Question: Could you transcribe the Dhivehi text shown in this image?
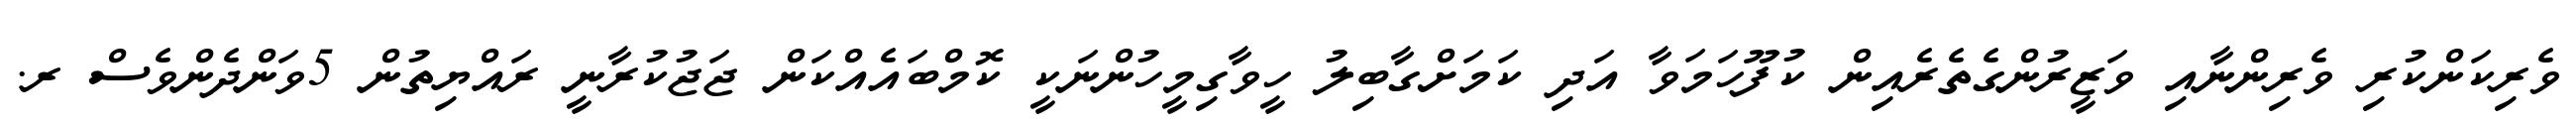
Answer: ވެރިކަންކުރި ވެރިންނާއި ވަޒީރުންގެތެރެއިން ކުފޫހަމަވާ އަދި ކަމަށްގާބިލު ހީވާގިމީހުންނަކީ ކޮމްބައެއްކަން ޖަޖުކުރާނީ ރައްޔިތުން 5ވަންދެންވެސް ރ.